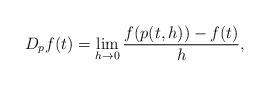
LaTeX: \begin{align*}D_p f(t) = \lim_{h\to 0} \frac{f(p(t,h))-f(t)}{h},\end{align*}